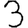
Digit: 3